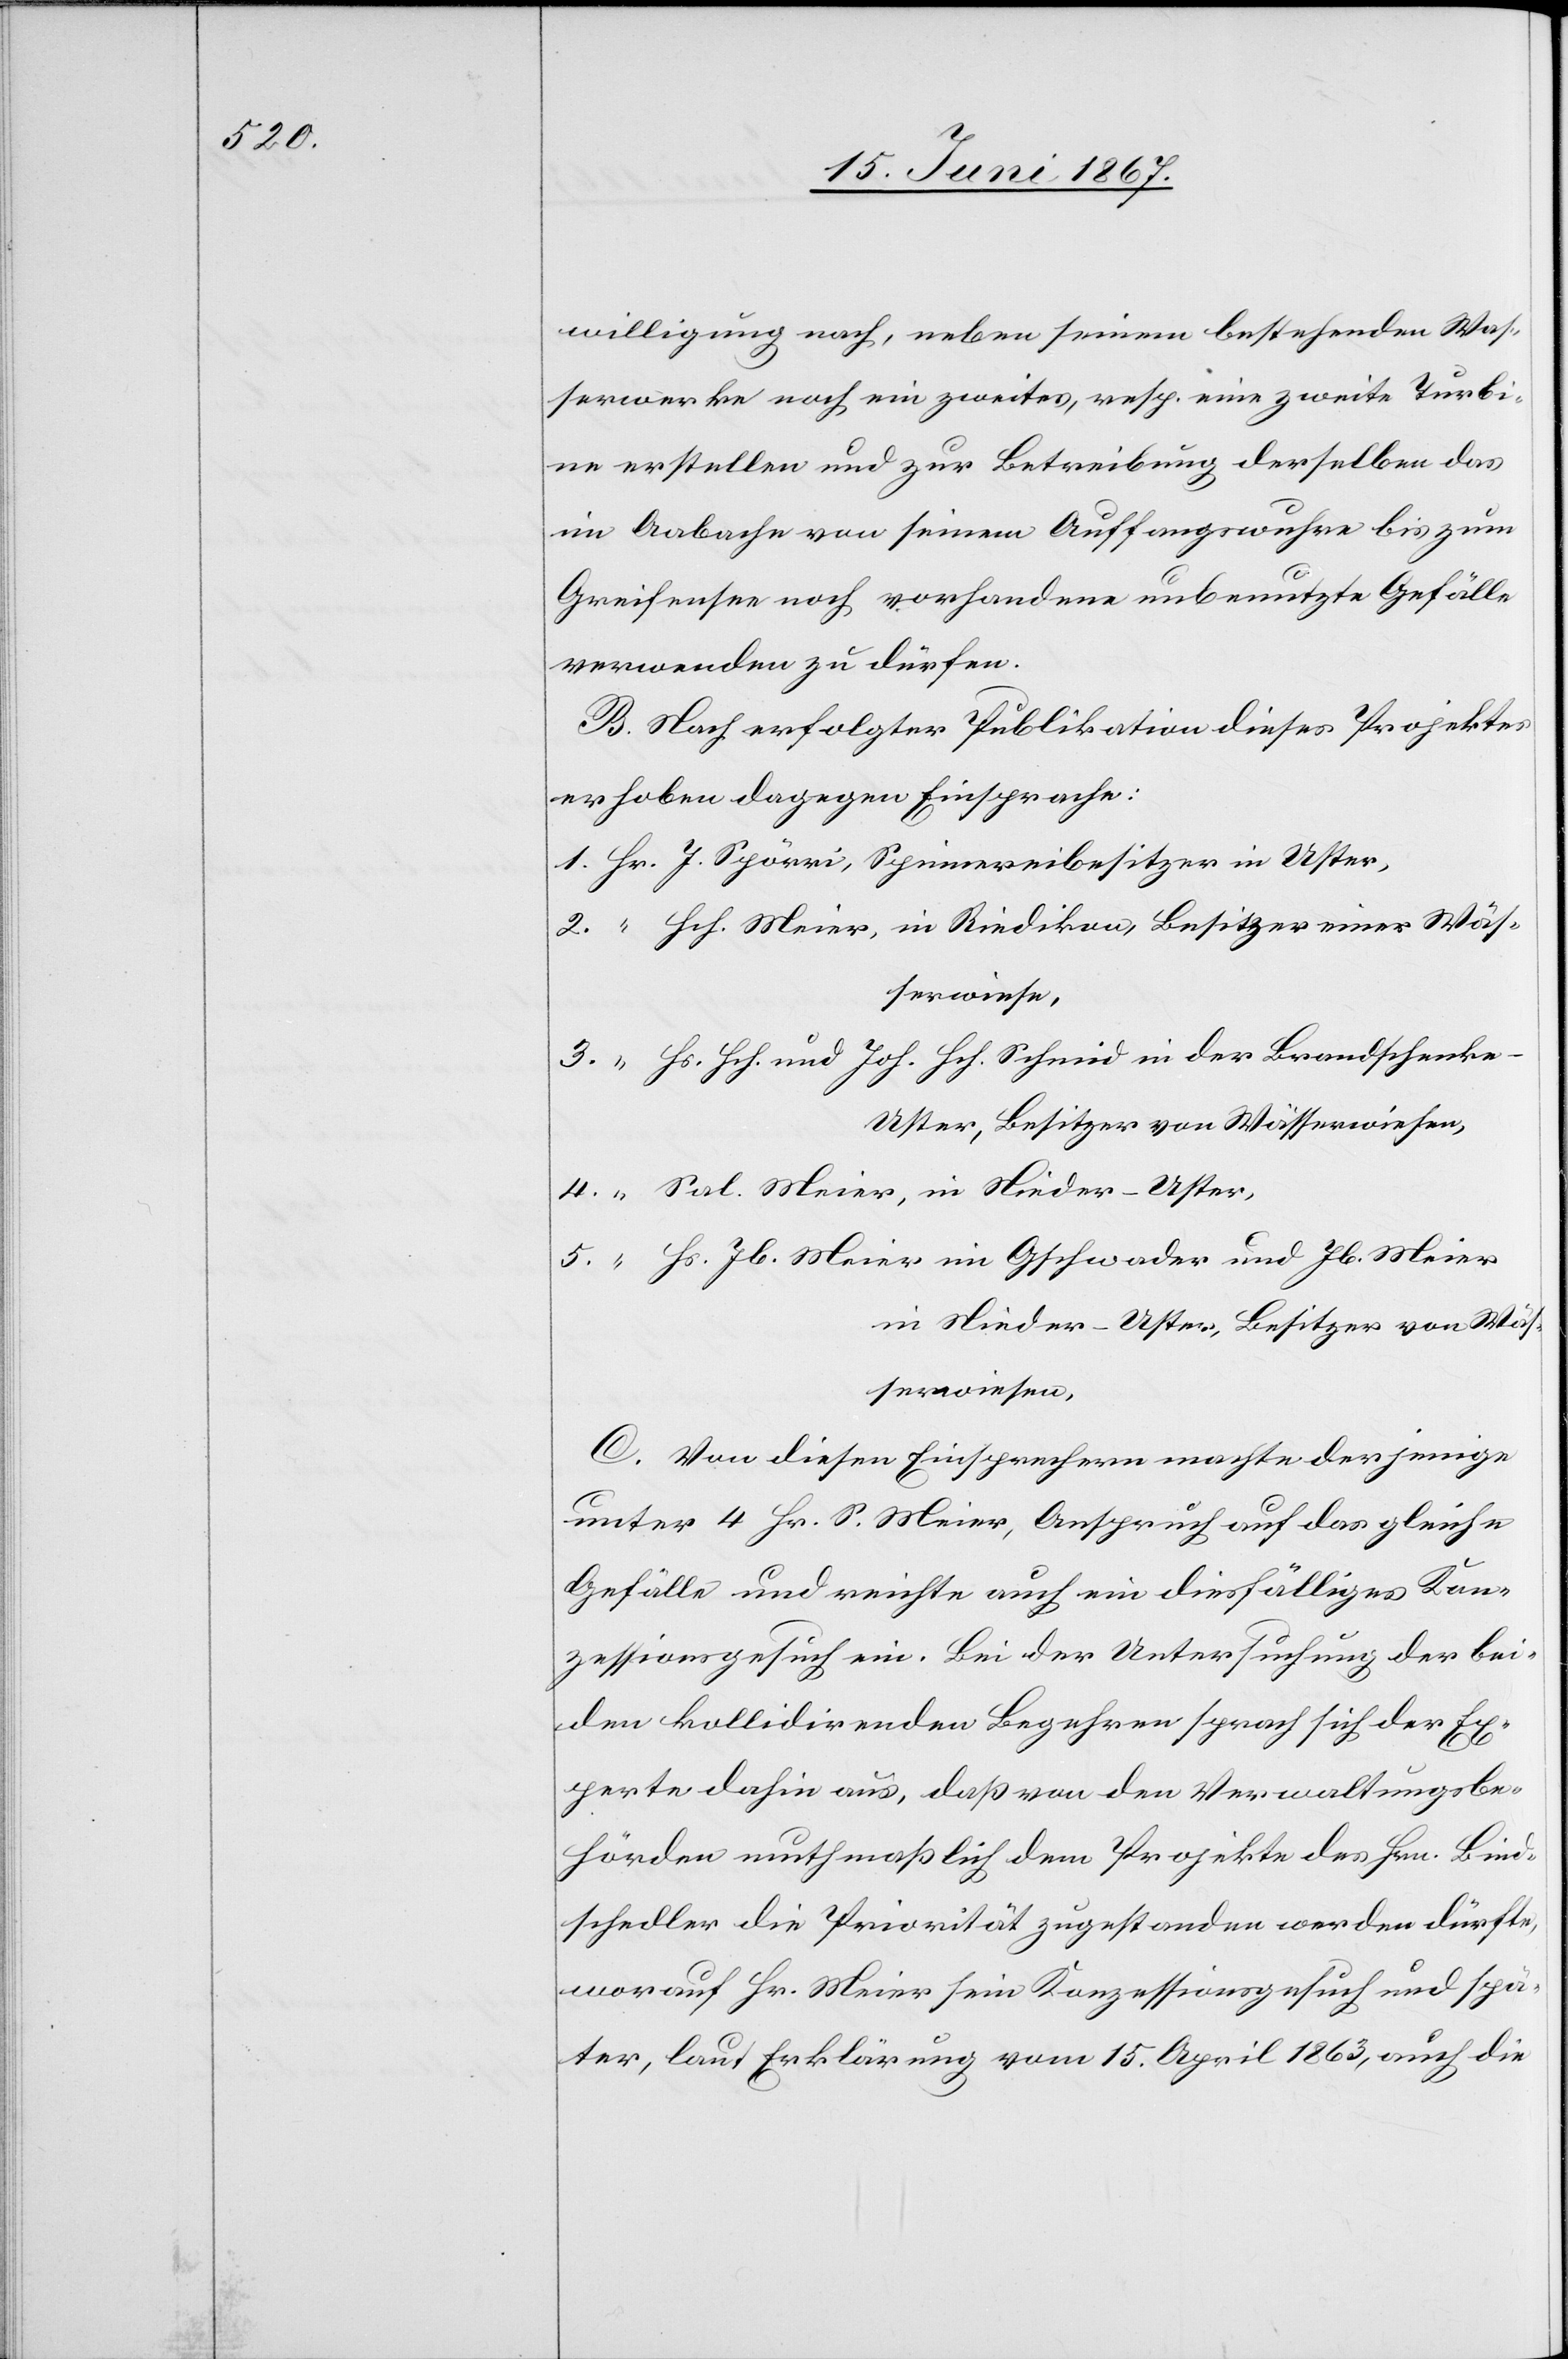
willigung nach, neben seinem bestehenden Was¬
serwerke noch ein zweites, resp. eine zweite Turbi¬
ne erstellen und zur Betreibung derselben das
im Aabache von seinem Auffangswuhr bis zum
Greifensee nach vorhandene unbenutzte Gefälle
verwenden zu dürfen.
B. Nach erfolgter Publikation dieses Projektes
erhoben dagegen Einsprache:
1. Hr. J. Spörri, Spinnereibesitzer in Uster,
2. “ Hch. Meier, in Riedikon, Besitzer einer Wäs¬
serwiese,
3. “ Hs. Hch und Joh. Hch. Schmid in der Brandschenk¬
e-Uster, Besitzer von Wässerwiesen,
4. “ Sal. Meier, In Nieder-Uster,
5. “ Hs. Jb. Meier in Gschwader und Jb. Meier
in Nieder-Uster, Besitzer von Wäs¬
serwiesen.
C. Von diesen Einsprachen machte derjenige
unter 4 Hr. S. Meier, Anspruch auf das gleiche
Gefälle und reichte auch ein diesfälliges Kon¬
zessionsgesuch ein. Bei der Untersuchung der bei¬
den kollidirenden Begehren sprach sich der Ex¬
perte dahin aus, daß von den Verwaltungsbe¬
hörden muthmaßlich dem Projekte des Hrn. Bind¬
schedler die Priorität zugestanden werden dürfte,
worauf Hr. Meier sein Konzessionsgesuch und spä¬
ter, laut Erklärung vom 15. April 1863, auch die